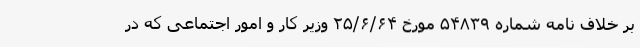
بر خلاف نامه شماره ۵۴۸۳۹ مورخ ۲۵/۶/۶۴ وزیر کار و امور اجتماعی که در